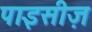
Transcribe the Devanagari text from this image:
पाइसीज़